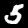
Label: 5